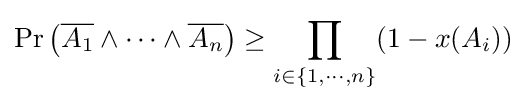
\Pr \left({\overline {A_{1}}}\wedge \cdots \wedge {\overline {A_{n}}}\right)\geq \prod _{i\in \{1,\cdot \cdot \cdot ,n\}}(1-x(A_{i}))